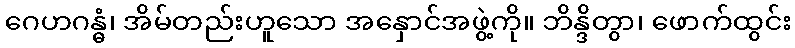
ဂေဟဂန္ဓံ၊ အိမ်တည်းဟူသော အနှောင်အဖွဲ့ကို။ ဘိန္ဒိတွာ၊ ဖောက်ထွင်း